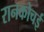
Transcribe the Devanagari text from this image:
रानकोचई